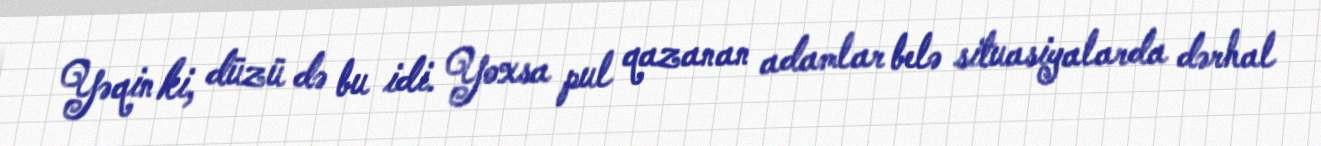
Yəqin ki, düzü də bu idi. Yoxsa pul qazanan adamlar belə situasiyalarda dərhal